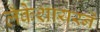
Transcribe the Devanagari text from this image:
लँकेशायरने